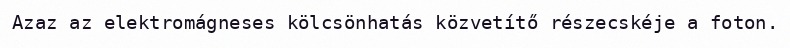
Azaz az elektromágneses kölcsönhatás közvetítő részecskéje a foton.